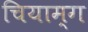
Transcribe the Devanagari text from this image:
चियाम्ग